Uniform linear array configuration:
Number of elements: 4
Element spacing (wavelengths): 1
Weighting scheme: exponential
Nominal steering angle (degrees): -30
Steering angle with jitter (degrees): -31.018
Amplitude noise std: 0.05
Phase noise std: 0.05

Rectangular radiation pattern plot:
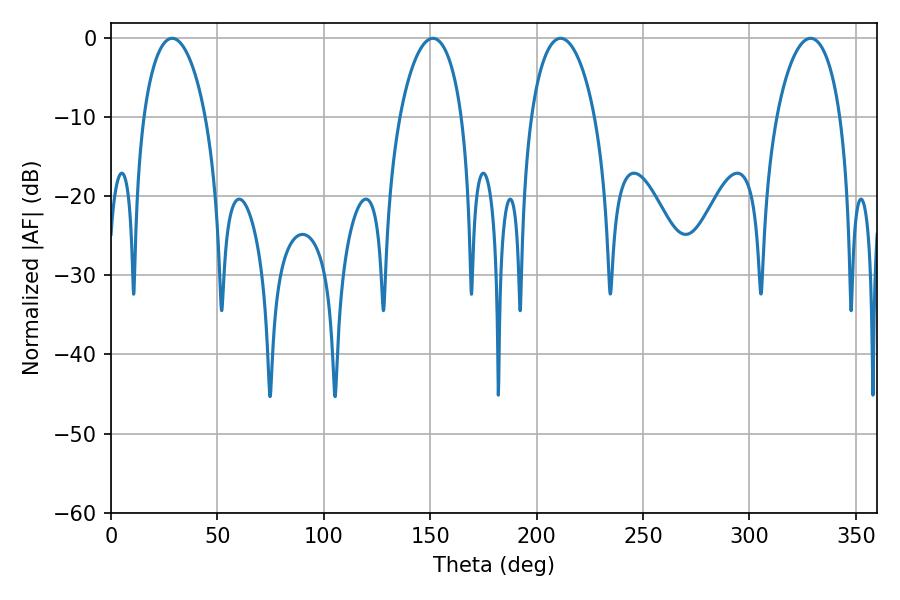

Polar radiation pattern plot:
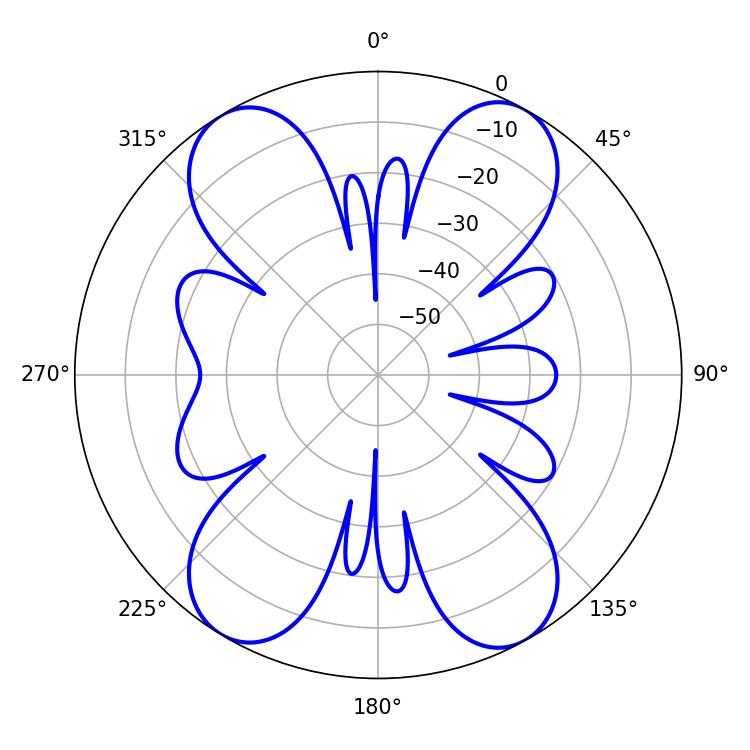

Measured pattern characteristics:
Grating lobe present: TRUE
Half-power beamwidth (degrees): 17.1
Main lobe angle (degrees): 211.32